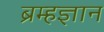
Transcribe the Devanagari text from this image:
ब्रम्हज्ञान